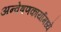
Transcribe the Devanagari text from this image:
अन्वेषणकार्यामध्ये